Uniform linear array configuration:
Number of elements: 64
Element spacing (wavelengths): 1
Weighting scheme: kaiser
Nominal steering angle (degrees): -60
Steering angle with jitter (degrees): -59.985
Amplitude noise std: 0.05
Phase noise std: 0.05

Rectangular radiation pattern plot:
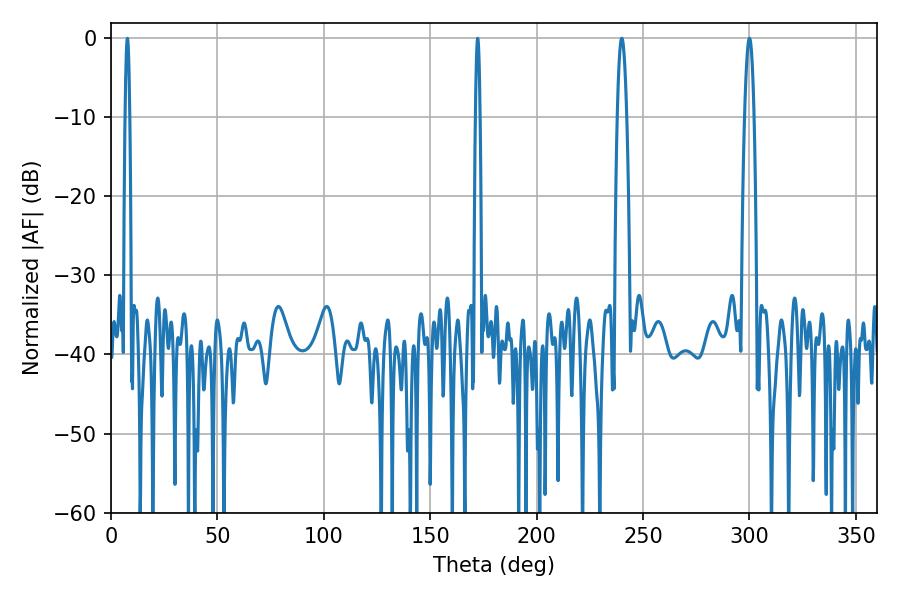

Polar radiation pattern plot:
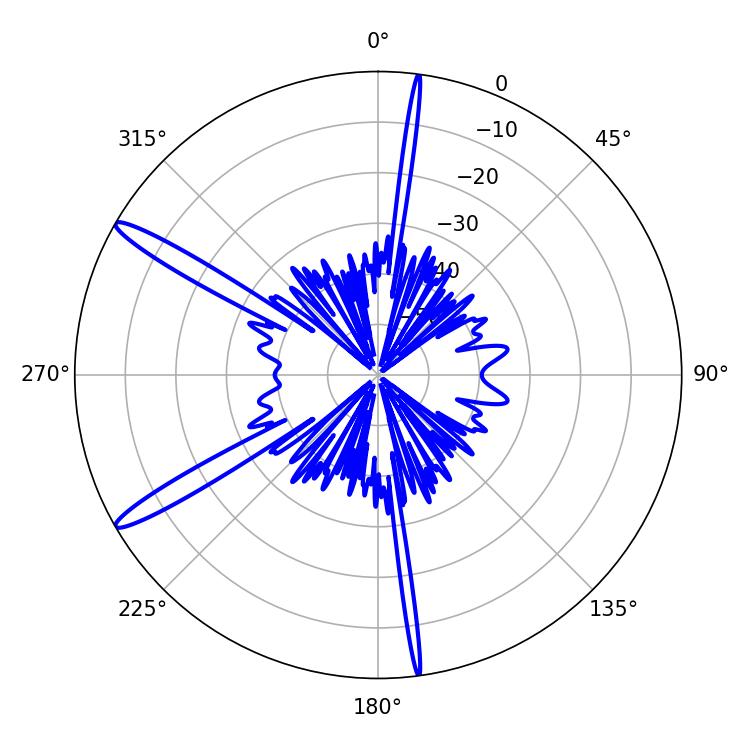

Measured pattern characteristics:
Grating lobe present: TRUE
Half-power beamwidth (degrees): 2.34
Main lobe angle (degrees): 239.94